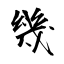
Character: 幾